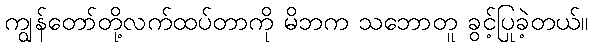
ကျွန်တော်တို့လက်ထပ်တာကို မိဘက သဘောတူ ခွင့်ပြုခဲ့တယ်။